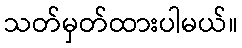
သတ်မှတ်ထားပါမယ်။